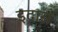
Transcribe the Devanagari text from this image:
इदास